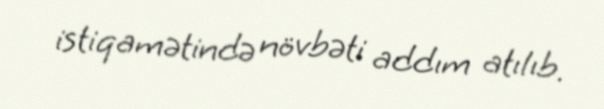
istiqamətində növbəti addım atılıb.